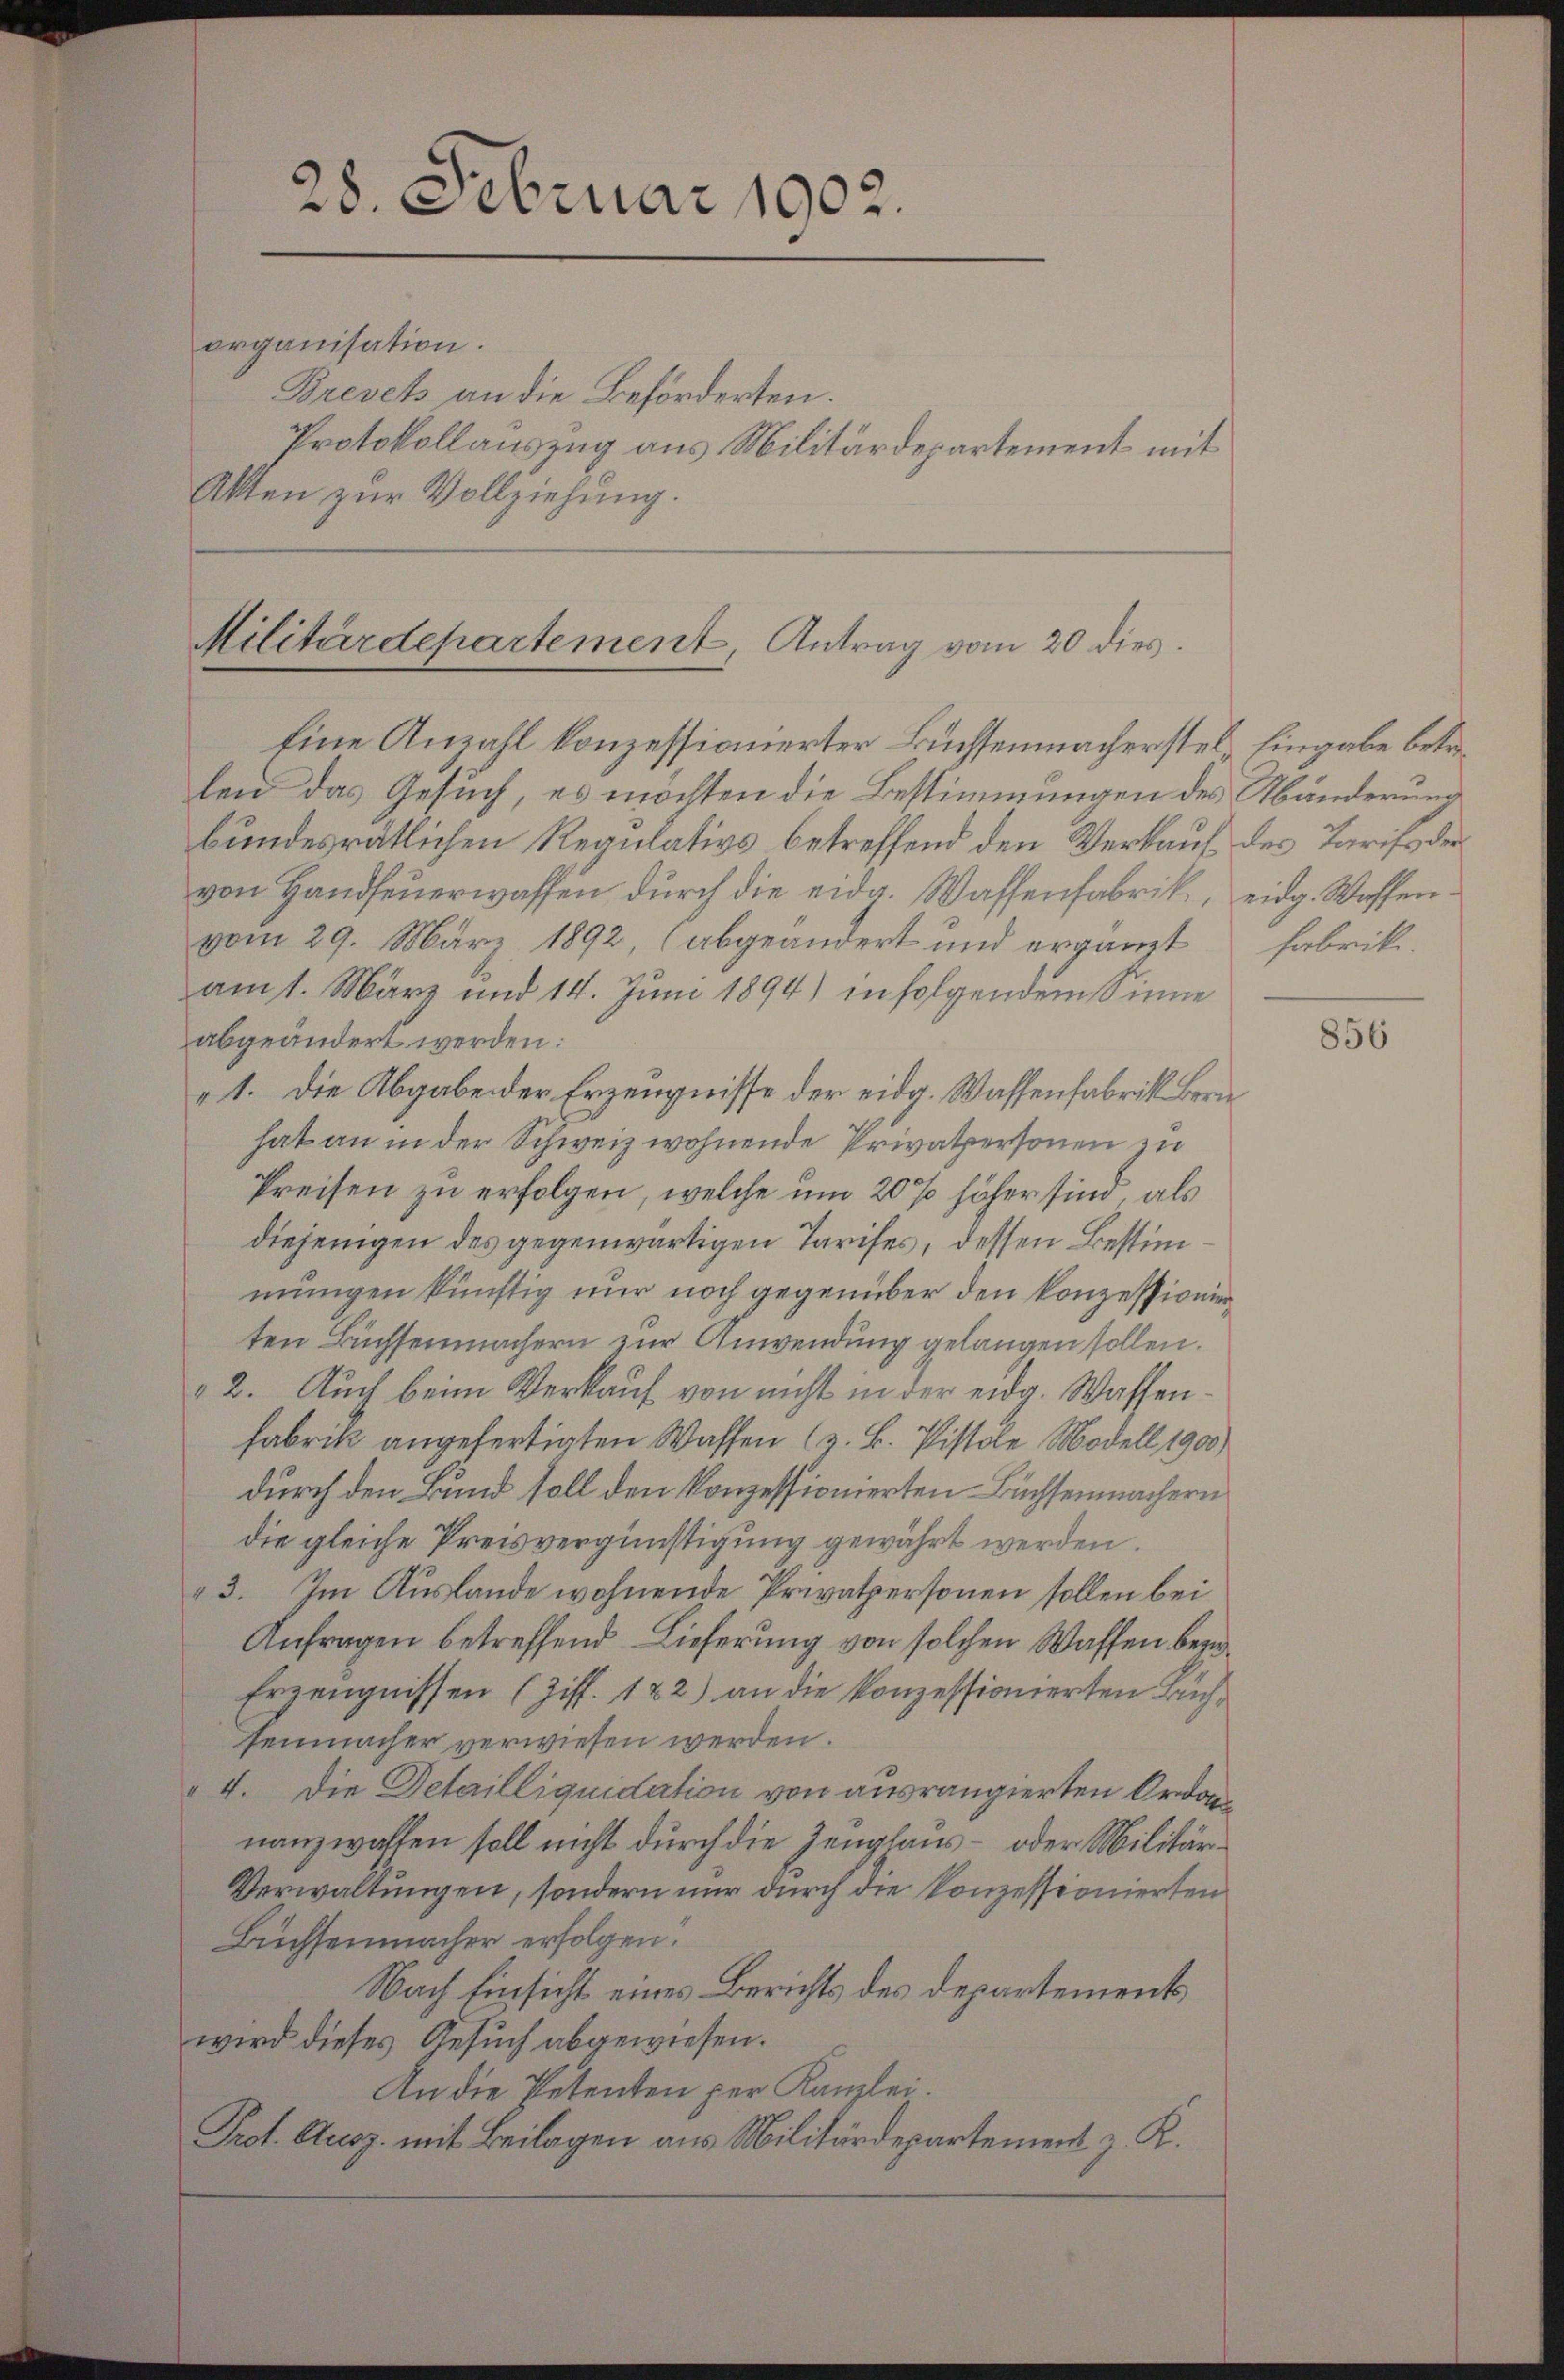
organisation.
Brevets an die Beförderten.
Protokollauszug aus Militärdepartement mit
Akten zŭr Vollziehŭng.

28. Februar 1902.

Militärdepartement, Antrag vom 20 dies
Eine Anzahl konzessionierter Büchsenmacherstel, Eingabe betr.

len das Gesuch, es möchten die Bestimmungen des Abänderung
bundesrätlichen Regulativs betreffend den Verkauf des Tarifs der
von Handfeŭerwassen durch die eidg. Wassenfabrik, eidg. Wassenvom 29. März 1892, (abgeändert und ergänzt Fabrik.
am 1. März und 14. Juni 1894) in folgendem Sinne
abgeändert werden:
„1. Die Abgabe der Erzeugnisse der eidg. Wassenfabrik Bern
hat an in der Schweiz wohnende Privatpersonen zu
Preisen zu erfolgen, welche um 20 % höher sind, als
diejenigen des gegenwärtigen Tarifes, dessen Bestimmungen künftig nur noch gegenüber den konzessionierten Büchsenmachern zur Anwendung gelangen sollen.
2. Auch beim Verkauf von nicht in der eidg. Wassenfabrik angefertigten Wassen (z. B. Pistole Modell 1900)
durch den Bund soll den konzessionierten Buchsenmachern
die gleiche Preisvergünstigung gewährt werden.
3. Im Auslande wohnende Privatpersonen sollen bei
Anfragen betreffend Lieferung von solchen Wassen bezu¬
Erzeugnissen (Ziff. 122) an die konzessionierten Buchsenmacher verwiesen werden.
4. Die Detailliquidation von ausrangierten Ordon
nanzwahlen soll nicht durch die Zeughaus – oder Militär¬
Verwaltungen, sondern nur durch die konzessionierten
Büchsenmacher erfolgen.
Nach Einsicht eines Berichts des Departements
wird dieses Gesuch abgewiesen.
An die Petenten per Kanzlei.
Prot. Ausz. mit Beilagen aus Militärdepartement z. K.

856